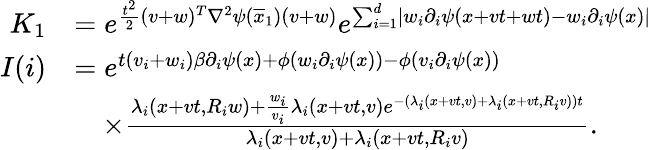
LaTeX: \begin{array}{rl}{K_{1}}&{=e^{\frac{t^{2}}{2}(v+w)^{T}\nabla^{2}\psi(\overline{{x}}_{1})(v+w)}e^{\sum_{i=1}^{d}\lvert w_{i}\partial_{i}\psi(x+vt+wt)-w_{i}\partial_{i}\psi(x)\rvert}}\\ {I(i)}&{=e^{t(v_{i}+w_{i})\beta\partial_{i}\psi(x)+\phi(w_{i}\partial_{i}\psi(x))-\phi(v_{i}\partial_{i}\psi(x))}}\\ &{\quad\times\frac{\lambda_{i}(x+vt,R_{i}w)+\frac{w_{i}}{v_{i}}\lambda_{i}(x+vt,v)e^{-(\lambda_{i}(x+vt,v)+\lambda_{i}(x+vt,R_{i}v))t}}{\lambda_{i}(x+vt,v)+\lambda_{i}(x+vt,R_{i}v)}.}\end{array}